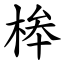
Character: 桳